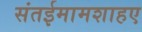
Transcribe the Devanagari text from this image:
संतईमामशाहए